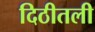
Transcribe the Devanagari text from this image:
दिठीतली